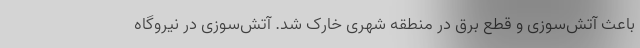
باعث آتش‌سوزی و قطع برق در منطقه شهری خارک شد. آتش‌سوزی در نیروگاه